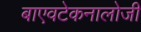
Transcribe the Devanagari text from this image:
बाएवटेकनालोजी